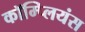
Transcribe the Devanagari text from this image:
कॉम्प्लियंस